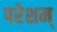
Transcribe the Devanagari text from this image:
परेशम्